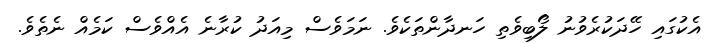
އެކުގައި ހޭދަކުރެވުނު ލޯބިވެތި ހަނދާންތަކެވެ. ނަމަވެސް މިއަދު ކުރާނެ އެއްވެސް ކަމެއް ނެތެވެ.